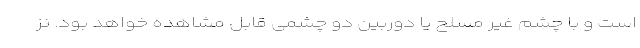
است و با چشم غیر مسلح یا دوربین دو چشمی قابل مشاهده خواهد بود. نز